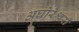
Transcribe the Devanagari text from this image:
अघोरेश्वरी